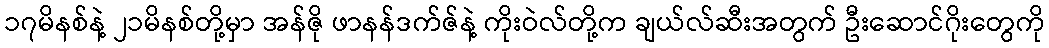
၁၇မိနစ်နဲ့ ၂၁မိနစ်တို့မှာ အန်ဇို ဖာနန်ဒက်ဇ်နဲ့ ကိုးဝဲလ်တို့က ချယ်လ်ဆီးအတွက် ဦးဆောင်ဂိုးတွေကို